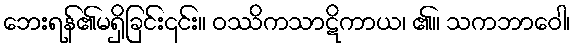
ဘေးရန်၏မရှိခြင်း၎င်း။ ဝဿိကသာဋိကာယ၊ ၏။ သကဘာဝေါ၊